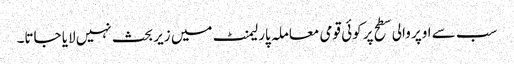
سب سے اوپر والی سطح پر کوئی قومی معاملہ پارلیمنٹ میں زیر بحث نہیں لایا جاتا۔